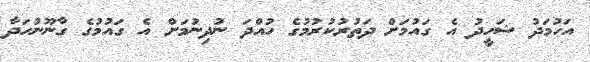
އަހުމަދު ޝަހީދު އެ ގައުމަށް ދަތުރުކުރުމުގެ ހުއްދަ ނުދިނުމަށް އެ ގައުމުގެ ގާނޫނުހަދާ